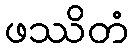
ဖဿိတံ